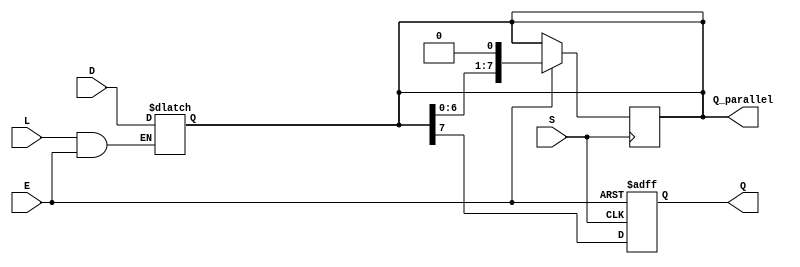
module Asynchronous_PISO (
    input wire [7:0] D,      // Parallel data input (8 bits)
    input wire L,            // Load signal (active high)
    input wire S,            // Shift signal (active high)
    input wire E,            // Enable signal (active high)
    output reg Q,            // Serial output
    output reg [7:0] Q_parallel // Parallel output for debugging
);

// Internal registers to hold data
reg [7:0] data_reg; // Register to hold the parallel data

// Asynchronous loading of data
always @(*) begin
    if (L && E) begin
        data_reg = D; // Load data into the register
    end
end

// Shifting operation
always @(posedge S or negedge E) begin
    if (!E) begin
        Q <= 1'b0; // If not enabled, output Q is 0
    end else if (S) begin
        // Shift operation: shift data and output the MSB
        Q <= data_reg[7]; // Output the MSB
        data_reg <= {data_reg[6:0], 1'b0}; // Shift left
    end
end

// Assign the current contents of the data register to parallel output for debugging
always @(*) begin
    Q_parallel = data_reg; // For monitoring purposes
end

endmodule